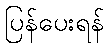
ပြန်ပေးရန်